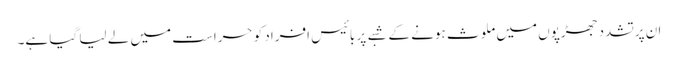
ان پرتشدد جھڑپوں میں ملوث ہونے کے شبے پر بائیس افراد کو حراست میں لے لیا گیا ہے۔